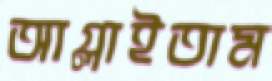
আগ্‌লাইতাম